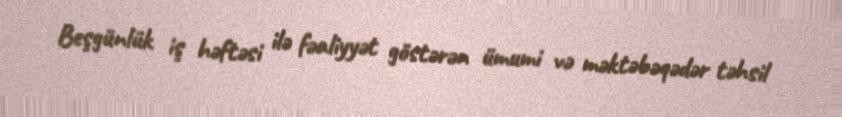
Beşgünlük iş həftəsi ilə fəaliyyət göstərən ümumi və məktəbəqədər təhsil